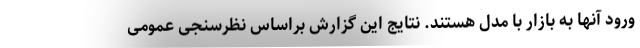
ورود آنها به بازار با مدل هستند. نتایج این گزارش براساس نظرسنجی عمومی